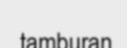
tamburan